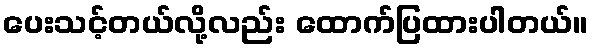
ပေးသင့်တယ်လို့လည်း ထောက်ပြထားပါတယ်။